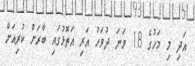
އަދި މި މަހުގެ 18 ވަނަ ދުވަހު އަރި އަތޮޅުގައި ބާރަށް ކުރިއަށް